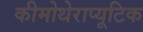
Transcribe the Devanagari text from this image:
कीमोथेराप्यूटिक